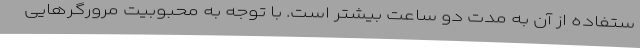
ستفاده از آن به مدت دو ساعت بیشتر است. با توجه به محبوبیت مرورگرهایی